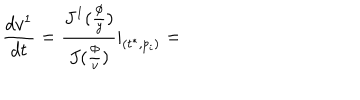
\frac { d v ^ { 1 } } { d t } = \frac { J ^ { 1 } ( \frac \phi y ) } { J ( \frac \phi v ) } | _ { ( t ^ { * } , p _ { i } ) } =